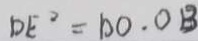
D E ^ { 2 } = D O . 0 B